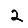
Digit: 2